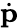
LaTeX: \dot{\mathbf{p}}